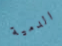
الدمية